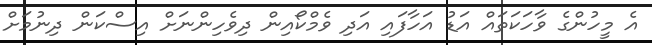
އެ މީހުންގެ ވާހަކަތައް އަޑު އަހާފައި އަދި ވެމްކޯއިން ދިވެހިންނަށް އިސްކަން ދިނުމަށް